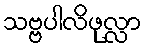
သဗ္ဗပါလိဖုလ္လာ